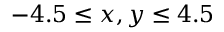
- 4 . 5 \leq x , y \leq 4 . 5